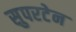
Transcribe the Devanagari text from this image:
सुपरटेन